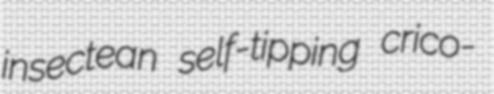
insectean self-tipping crico-